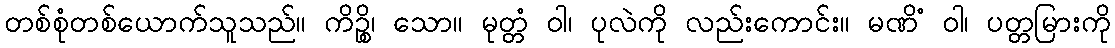
တစ်စုံတစ်ယောက်သူသည်။ ကိဉ္စိ၊ သော။ မုတ္တံ ဝါ၊ ပုလဲကို လည်းကောင်း။ မဏိံ ဝါ၊ ပတ္တမြားကို